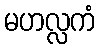
မဟလ္လကံ